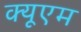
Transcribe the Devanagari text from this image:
क्यूएम